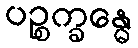
ပဉ္စက္ခန္ဓေ